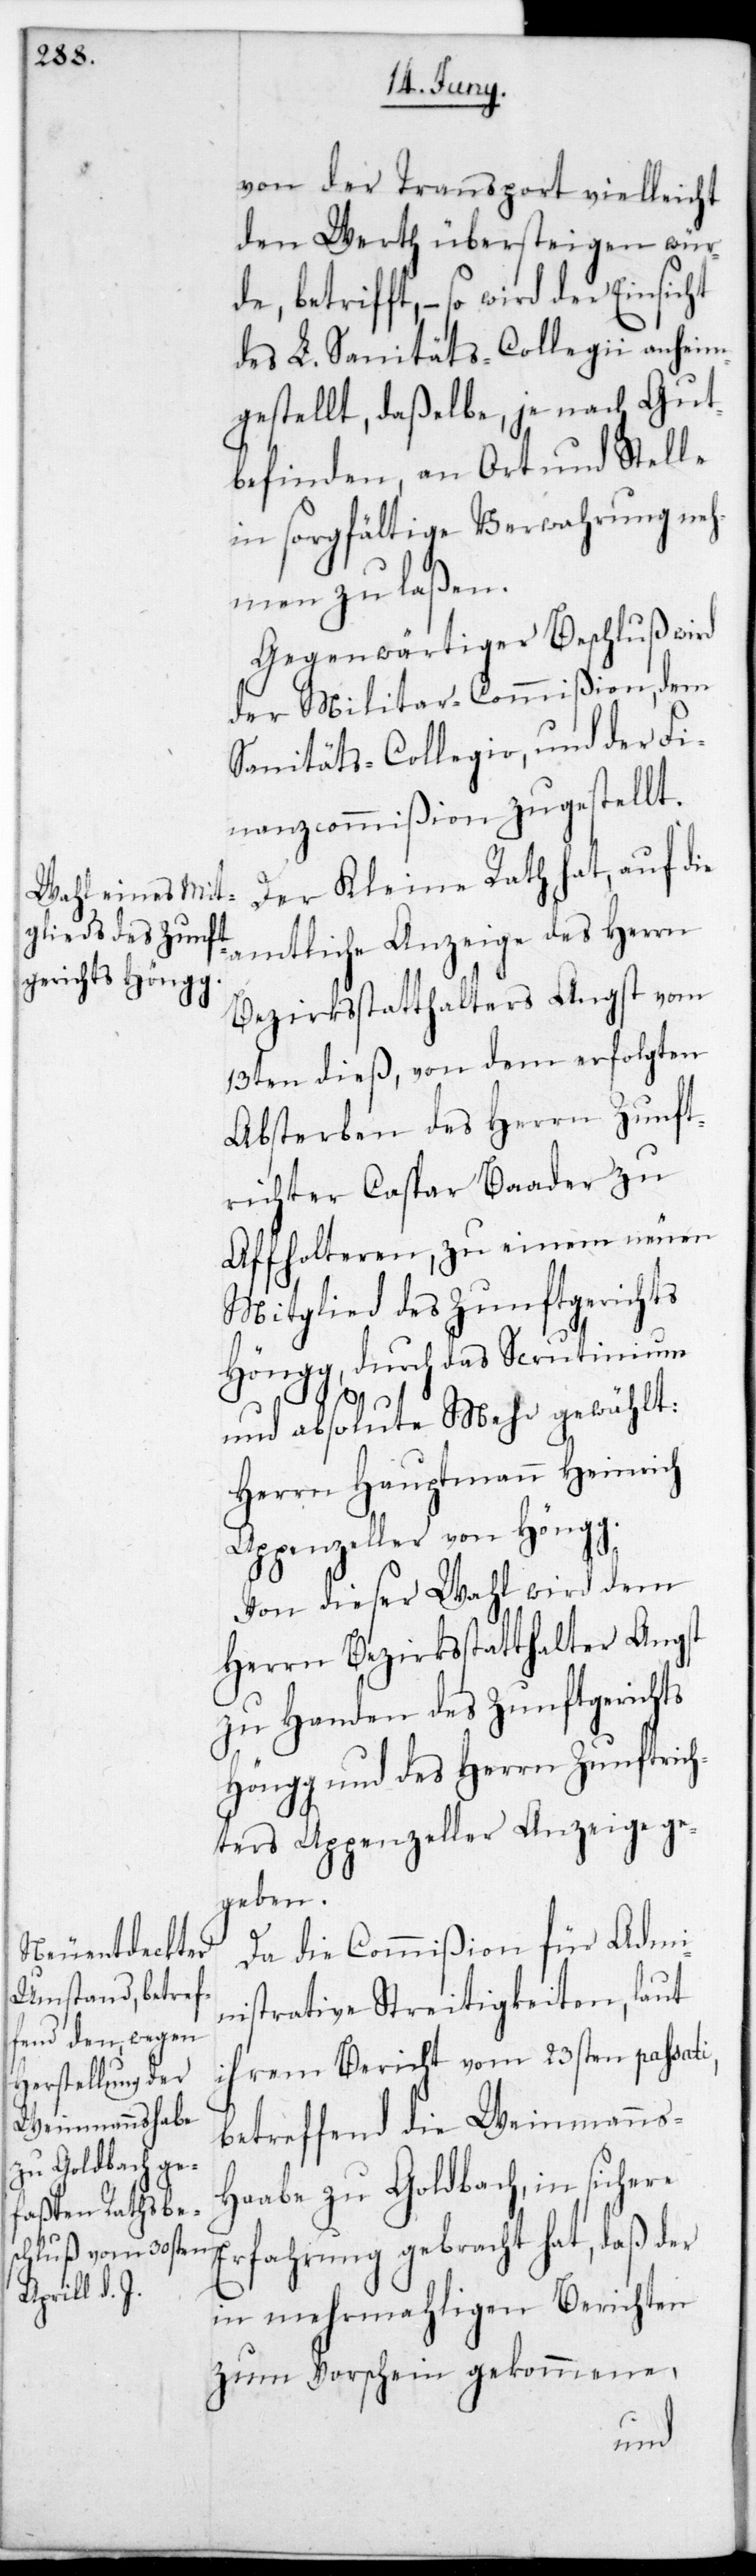
von der Transport vielleicht
den Werth übersteigen wür¬
de, betrifft, – so wird der Einsicht
des L. Sanitäts-Collegii anheim¬
gestellt, daßelbe je nach Gut¬
befinden an Ort und Stelle
in sorgfältige Verwahrung neh¬
men zu laßen.
Gegenwärtiger Beschluß wird
der Militar-Commißion, dem
Sanitäts-Collegio und der Fi¬
nanzcommißion zugestellt.
Der Kleine Rath hat, auf die
amtliche Anzeige des Herrn
Bezirksstatthalters Angst vom
13ten dieß, von dem erfolgten
Absterben des Herrn Zunft¬
richter Caspar Baader zu
Affoltern, zu einem neuen
Mitglied des Zunftgerichts
Höngg, durch das Scrutinium
und absolute Mehr gewählt:
Herrn Hauptmann Heinrich
Appenzeller von Höngg.
Von dieser Wahl wird dem
Herrn Bezirksstatthalter Angst
zu Handen des Zunftgerichts
Höngg und des Herrn Zunftrich¬
ters Appenzeller Anzeige ge¬
geben.
Da die Commißion für Admi¬
nistrative Streitigkeiten, laut
ihrem Bericht vom 23sten passati,
betreffend die Weinmanns-H¬
aabe zu Goldbach, in sichere
in mehrmahligen Berichten
zum Vorschein gekommene,